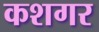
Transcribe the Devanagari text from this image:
कशगर